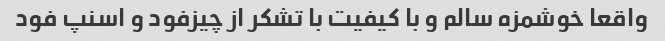
واقعا خوشمزه سالم و با کیفیت با تشکر از چیزفود و اسنپ فود